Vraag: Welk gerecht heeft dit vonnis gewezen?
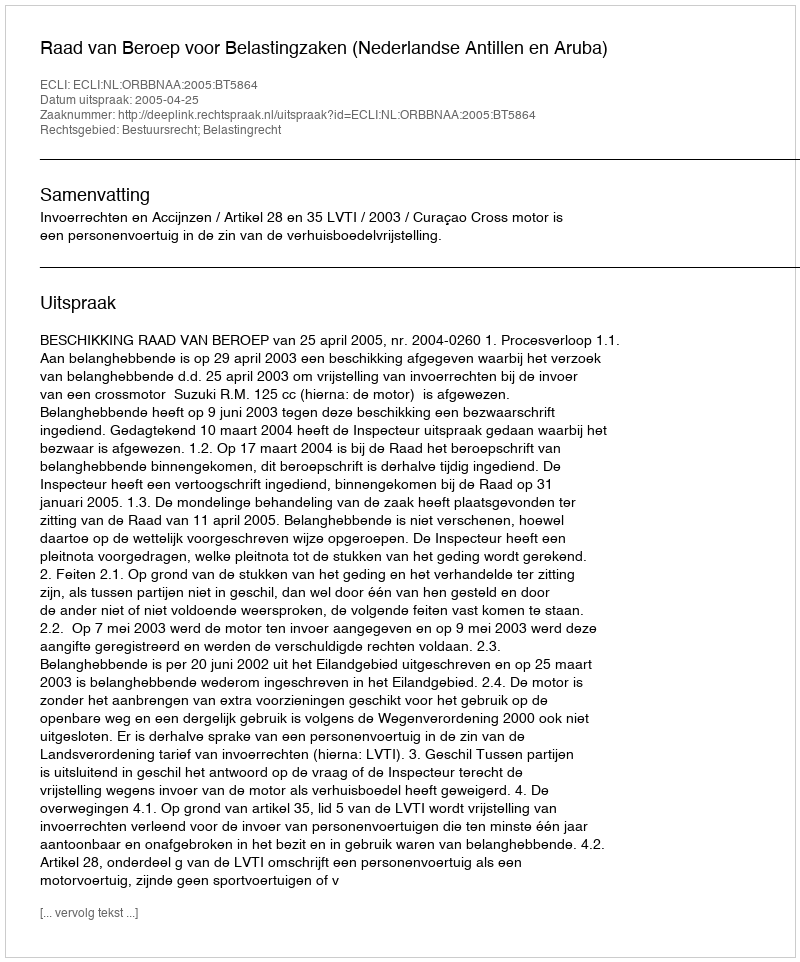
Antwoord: Raad van Beroep voor Belastingzaken (Nederlandse Antillen en Aruba)